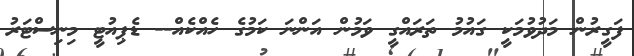
ފަގީރުން މަދުވުމަކީ ގައުމު ތަރައްގީ ވަމުން އަންނަ ކަމުގެ ހެއްކެއް-- ޑެޕިއުޓީ މިނިސްޓަރު